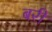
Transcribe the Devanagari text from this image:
बरीं